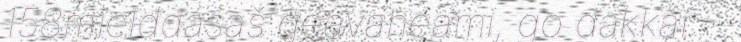
158mielddásaš geavaheami, go dakkár